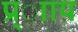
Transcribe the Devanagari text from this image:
प्र्ााय